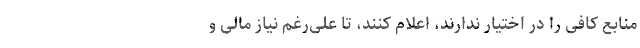
منابع کافی را در اختیار ندارند، اعلام کنند، تا علی‌رغم نیاز مالی و